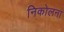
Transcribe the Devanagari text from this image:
निकोलना